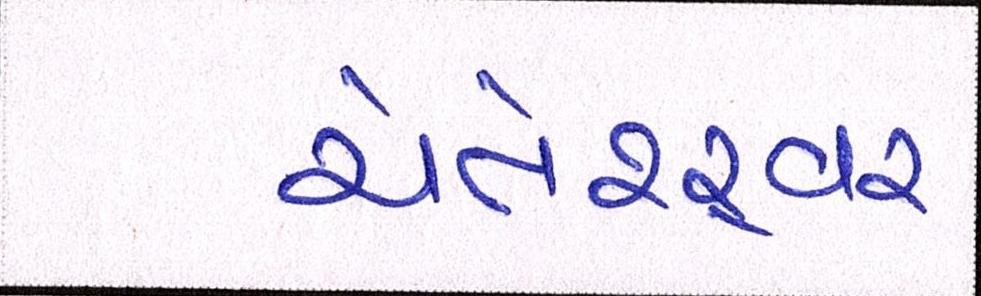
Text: ચેતેશ્ર્વર